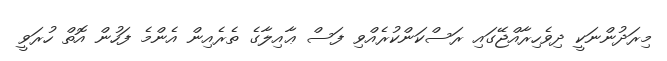
މިރަދުންނަކީ ދިވެހިރާއްޖޭގައި ރަސްކަންކުރެއްވި ފަސް ޢާއިލާގެ ތެރެއިން އެންމެ ފަހުން އޮތް ހުރަވީ